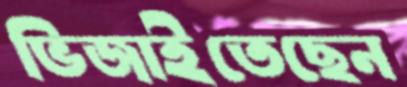
ভিজাইতেছেন